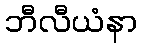
ဘီလီယံနာ